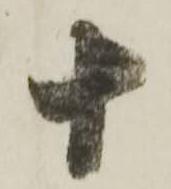
十